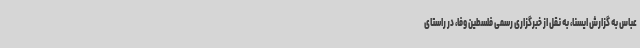
عباس به گزارش ایسنا، به نقل از خبرگزاری رسمی فلسطین وفا، در راستای